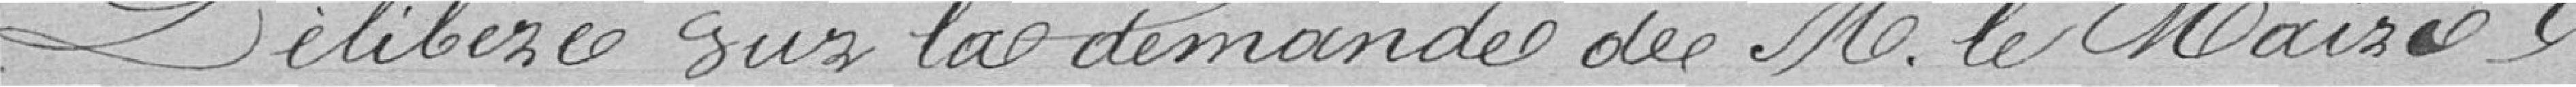
Délibère sur la demande de monsieur le maire